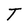
Character: T